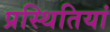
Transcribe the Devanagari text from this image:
प्रस्थितियां